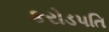
કરોડપતિ